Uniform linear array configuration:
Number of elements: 24
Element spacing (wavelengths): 0.75
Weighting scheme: exponential
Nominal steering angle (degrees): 45
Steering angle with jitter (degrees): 46.796
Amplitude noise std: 0.05
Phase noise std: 0.05

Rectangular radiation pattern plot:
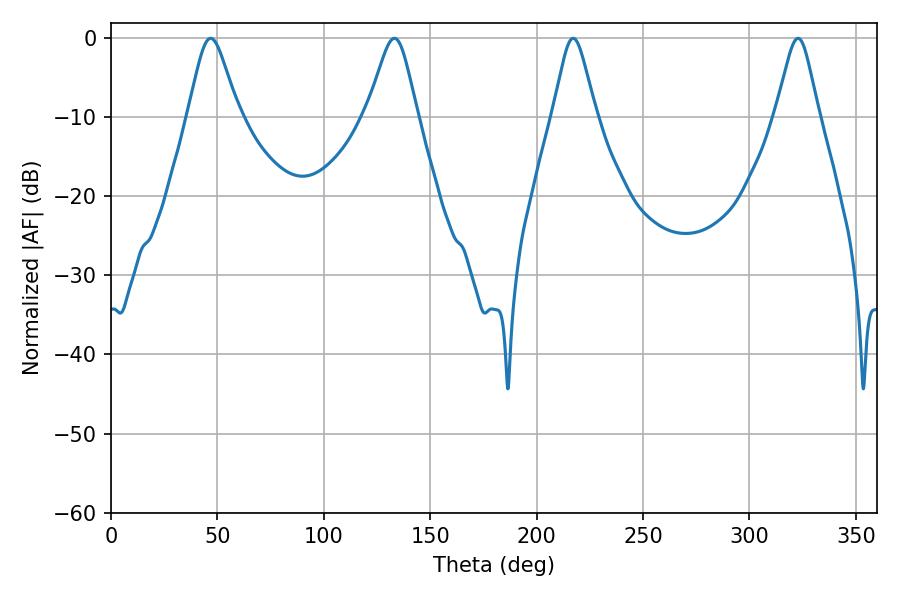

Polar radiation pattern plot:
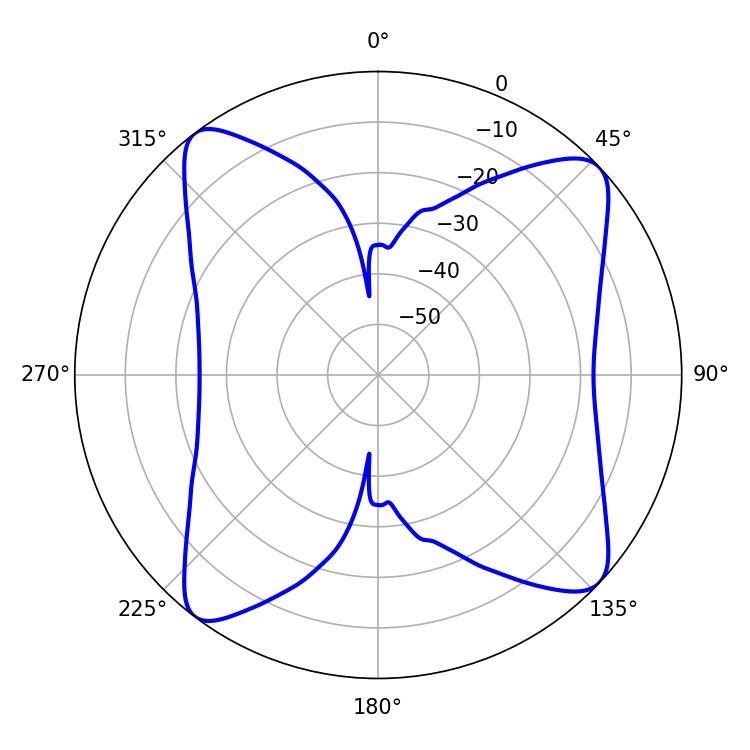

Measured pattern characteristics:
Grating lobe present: TRUE
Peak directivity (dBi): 12.256
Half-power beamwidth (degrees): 11.52
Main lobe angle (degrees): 46.8